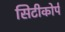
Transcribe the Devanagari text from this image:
सिटीकोर्प